Indian journal of veterinary science and animal husbandry - Volumes 15-17, 1948-1951
Year: 1948
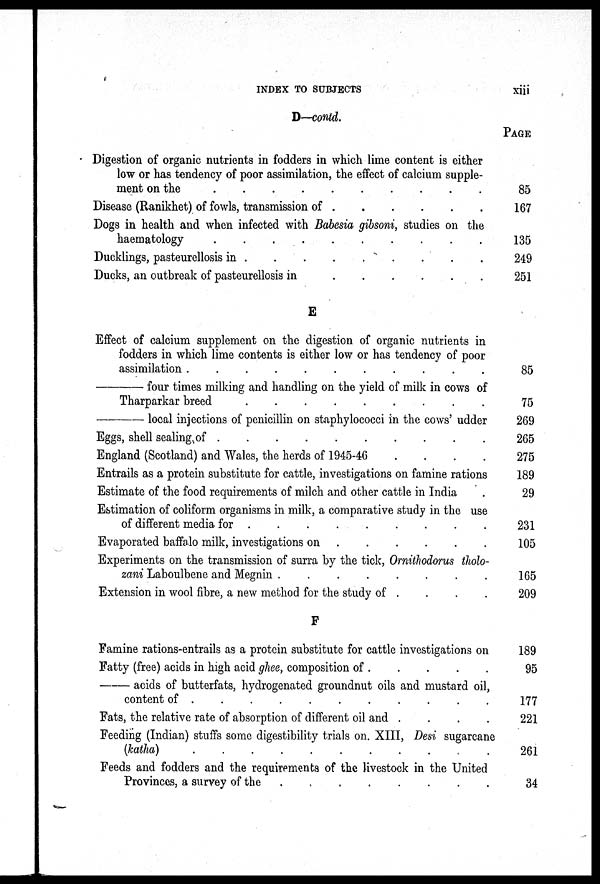
INDEX TO SUBJECTS
xiii
D–contd.
Digestion of organic nutrients in fodders in which lime content is either
low or has tendency of poor assimilation, the effect of calcium supple-
ment on the
.
.
.
.
.
.
.
.
.
.
Disease (Ranikhet) of fowls, transmission of . . . . . .
Dogs in health and when infected with Babesia gibsoni, studies on the
haematology
.
.
.
.
.
.
.
.
.
.
.
Ducklings, pasteurellosis in
.
.
.
.
.
.
.
.
.
.
Ducks, an outbreak of pasteurellosis in . . . . . .
E
Effect of calcium supplement on the digestion of organic nutrients in
fodders in which lime contents is either low or has tendency of poor
assimilation . . . . . . . . . .
—
four times milking and handling on the yield of milk in cows of
Tharparkar breed . . . . . . . . .
—
local injections of penicillin on staphylococci in the cows' udder
Eggs, shell sealing of
.
.
.
.
.
.
.
.
.
.
England (Scotland) and Wales, the herds of 1945-46
.
.
.
.
Entrails as a protein substitute for cattle, investigations on famine rations
Estimate of the food requirements of milch and other cattle in India .
Estimation of coliform organisms in milk, a comparative study in the use
of different media for
.
.
.
.
.
.
.
.
.
Evaporated baffalo milk, investigations on . . . . . .
Experiments on the transmission of surra by the tick, Ornithodorus tholo
zani Laboulbene and Megnin
.
.
.
.
.
.
.
.
Extension in wool fibre, a new method for the study of . . . .
F
Famine rations-entrails as a protein substitute for cattle investigations on
Fatty (free) acids in high acid ghee, composition of . . . . .
—
acids of butterfats, hydrogenated groundnut oils and mustard oil,
content of
.
.
.
.
.
.
.
.
.
.
Fats, the relative rate of absorption of different oil and
.
.
.
.
Feeding (Indian) stuffs some digestibility trials on. XIII, Desi sugarcane
(katha) . . . . . . . . . . .
Feeds and fodders and the requirements of the livestock in the United
Provinces, a survey of the . . . . . . . .
PAGE
85
167
135
249
251
85
75
269
265
275
189
29
231
105
165
209
189
95
177
221
261
34